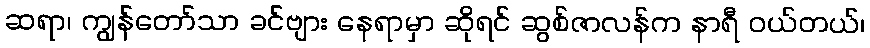
ဆရာ၊ ကျွန်တော်သာ ခင်ဗျား နေရာမှာ ဆိုရင် ဆွစ်ဇာလန်က နာရီ ဝယ်တယ်၊